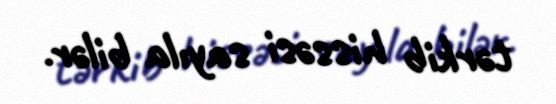
tərkib hissəsi sayıla bilər.